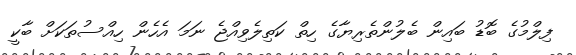
ފިލްމުގެ ބޮޑު ބައިން ބެލުންތެރިޔާގެ ހިތް ކަތިލެވިއްޖެ ނަމަ އެހެން ހިއްސުތަކަށް ބާކީ